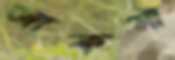
জাকসা